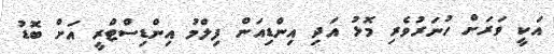
އަކީ ވަރަށް ހުނަރުވެރި މޮޅު އަދި އިންޑިއަން ފިލްމު އިންޑިސްޓްރީ އަށް ބޮޑު